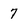
Character: 7